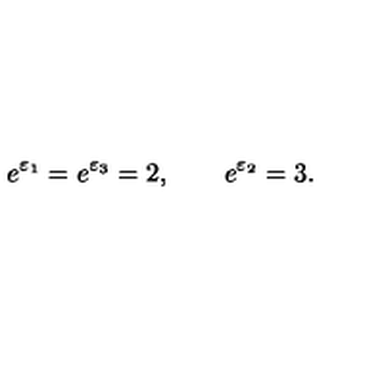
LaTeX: e ^ { \varepsilon _ { 1 } } = e ^ { \varepsilon _ { 3 } } = 2 , \qquad e ^ { \varepsilon _ { 2 } } = 3 .